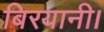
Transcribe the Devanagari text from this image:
बिरयानी।